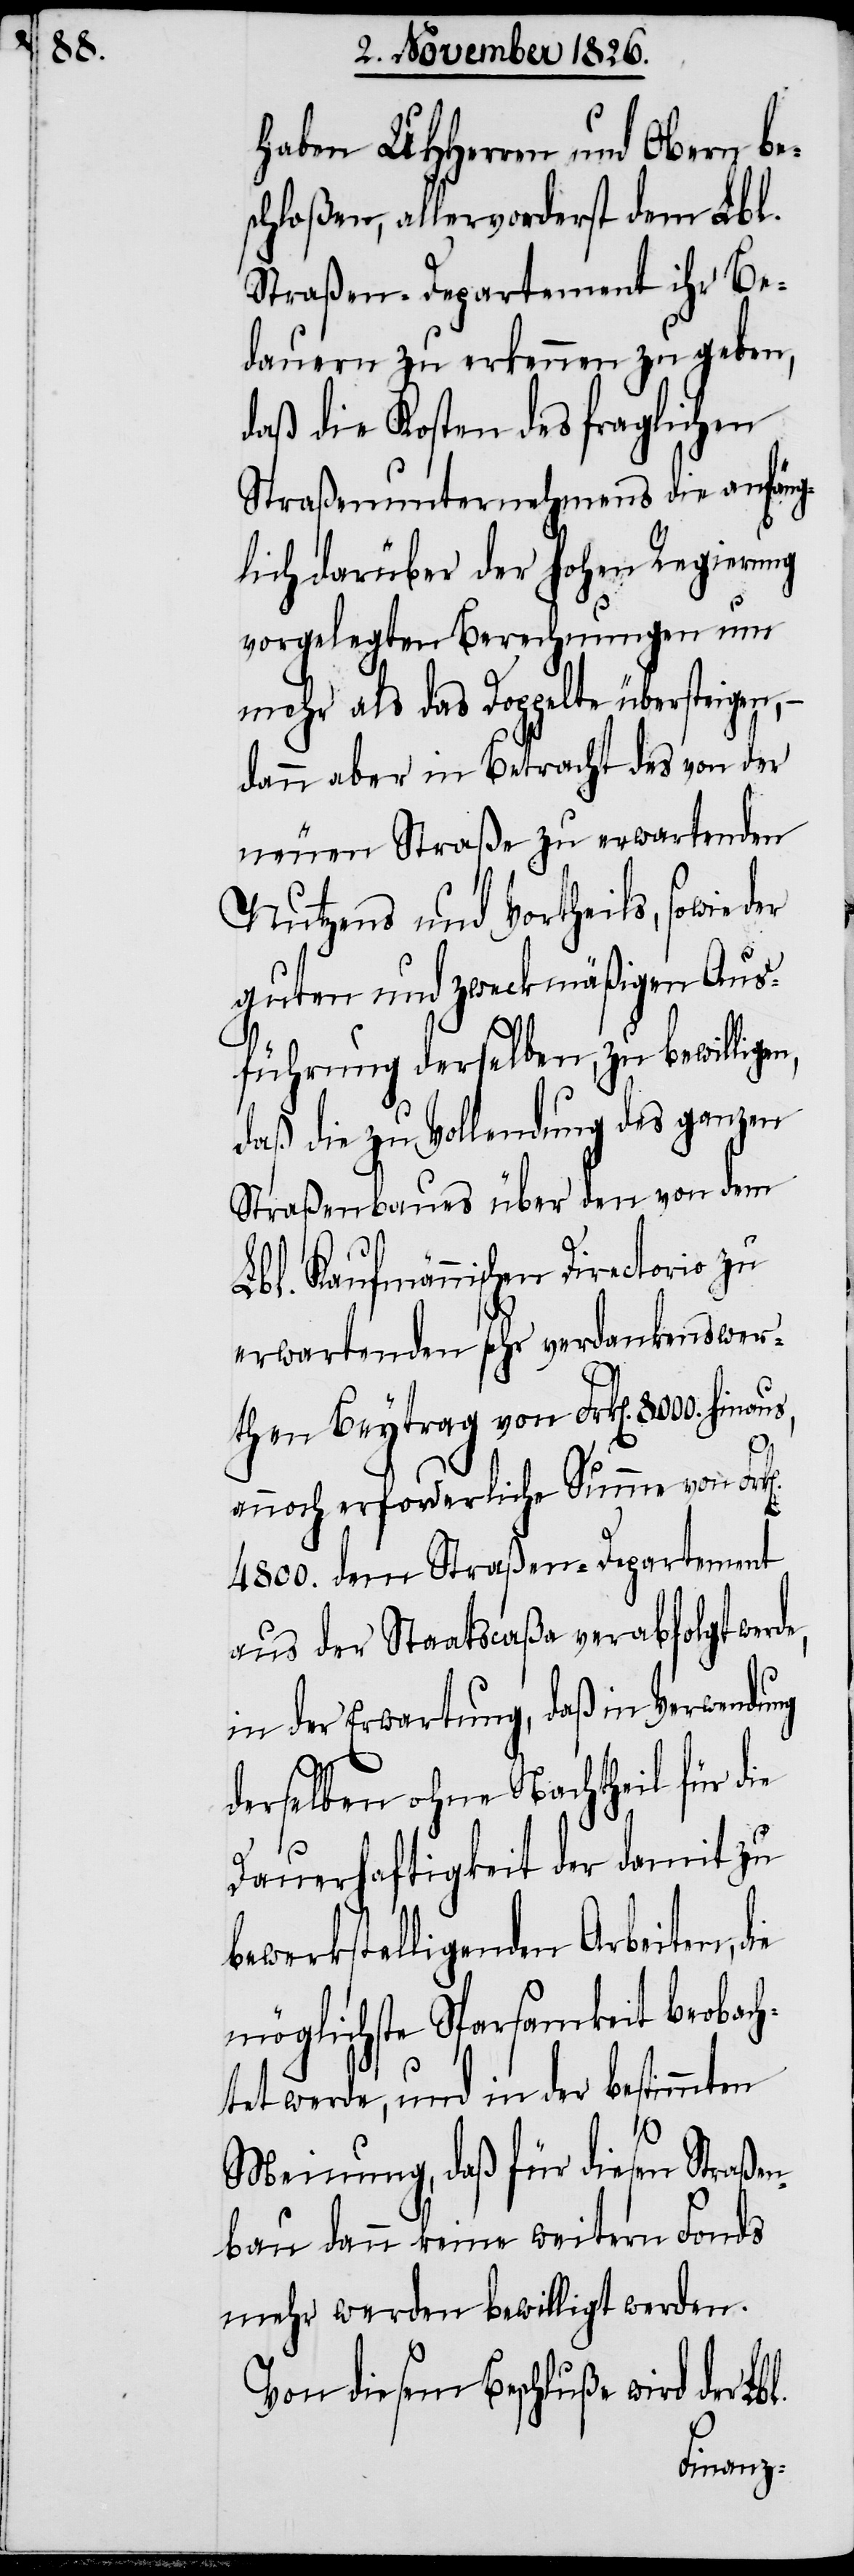
l.

haben UHHerren und Obern be¬
schloßen, allervorderst dem Lbl.
Straßen-Departement ihr Be¬
dauern zu erkennen zu geben,
daß die Kosten des fraglichen
Straßenunternehmens die anfäng¬
lich darüber der hohen Regierung
vorgelegten Berechnungen um
mehr als das Doppelte übersteigen,
dann aber in Betracht des von der
neuen Straße zu erwartenden
Nutzens und Vortheils, sowie der
guten und zweckmäßigen Aus¬
führung derselben, zu bewillige¬
daß die zu Vollendung des ganzen
Straßenbaues über den von dem
Lbl. Kaufmännischen Directorio zu
erwartenden sehr verdankenswer¬
then Beytrag von Frk[en]. 8000. hin¬
annoch erforderliche Summe von Fr¬
4800. dem Straßen-Departement
aus der Staatscaßa verabfolgt werd¬
in der Erwartung, daß in Verwendung
derselben ohne Nachtheil für die
Dauerhaftigkeit der damit zu
bewerkstelligenden Arbeiten, d¬
möglichste Sparsamkeit beobach¬
tet werde, und in der bestimmten
Meinung, daß für diesen Straßen¬
bau dann keine weitern Fonds
mehr werden bewilligt werden.
Von diesem Beschluße wird der Lb¬